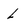
Character: L